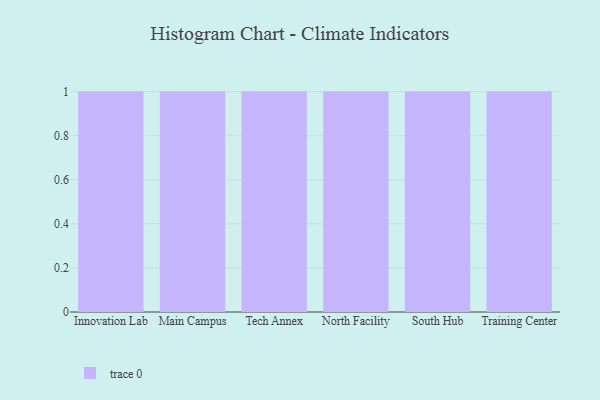
{"axis": {"x": "Campus", "y": "Bounce Rate (%)"}, "legend": [""], "data": [{"x": "Innovation Lab", "y": 88, "type": ""}, {"x": "Main Campus", "y": 49, "type": ""}, {"x": "Tech Annex", "y": 17, "type": ""}, {"x": "North Facility", "y": 15, "type": ""}, {"x": "South Hub", "y": 37, "type": ""}, {"x": "Training Center", "y": 13, "type": ""}]}